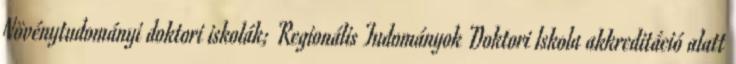
Növénytudományi doktori iskolák; Regionális Tudományok Doktori Iskola akkreditáció alatt